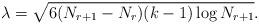
LaTeX: \begin{align*} \lambda = \sqrt{6 (N_{r+1}-N_r)(k-1)\log N_{r+1}}.\end{align*}